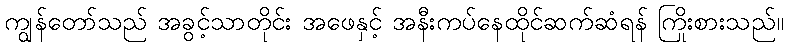
ကျွန်တော်သည် အခွင့်သာတိုင်း အဖေနှင့် အနီးကပ်နေထိုင်ဆက်ဆံရန် ကြိုးစားသည်။